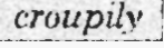
croupily